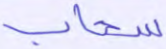
سحاب